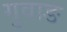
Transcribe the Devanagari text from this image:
गुवाङ